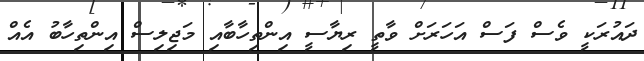
ދައުރަކީ ވެސް ފަސް އަހަރަށް ވާތީ ރިޔާސީ އިންތިހާބާއި މަޖިލިސް އިންތިހާބު އެއް